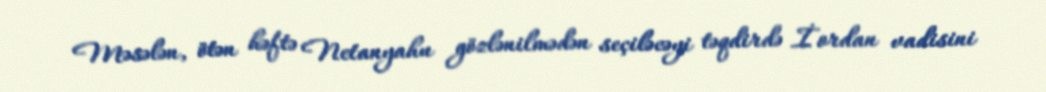
Məsələn, ötən həftə Netanyahu gözlənilmədən seçiləcəyi təqdirdə İordan vadisini